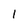
Character: 1